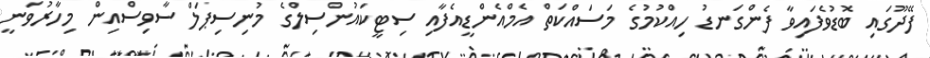
ފޭދޫގައި ބޮޑުވެފައިވާ ފެންގަނޑު ހިއްކުމުގެ މަސައްކަތް އެމްއެންޑީއެފާއި ސިޓީކައުންސިލްގެ މުނިސިޕަލް ސާވިސްއިން މިހާރުވަނީ